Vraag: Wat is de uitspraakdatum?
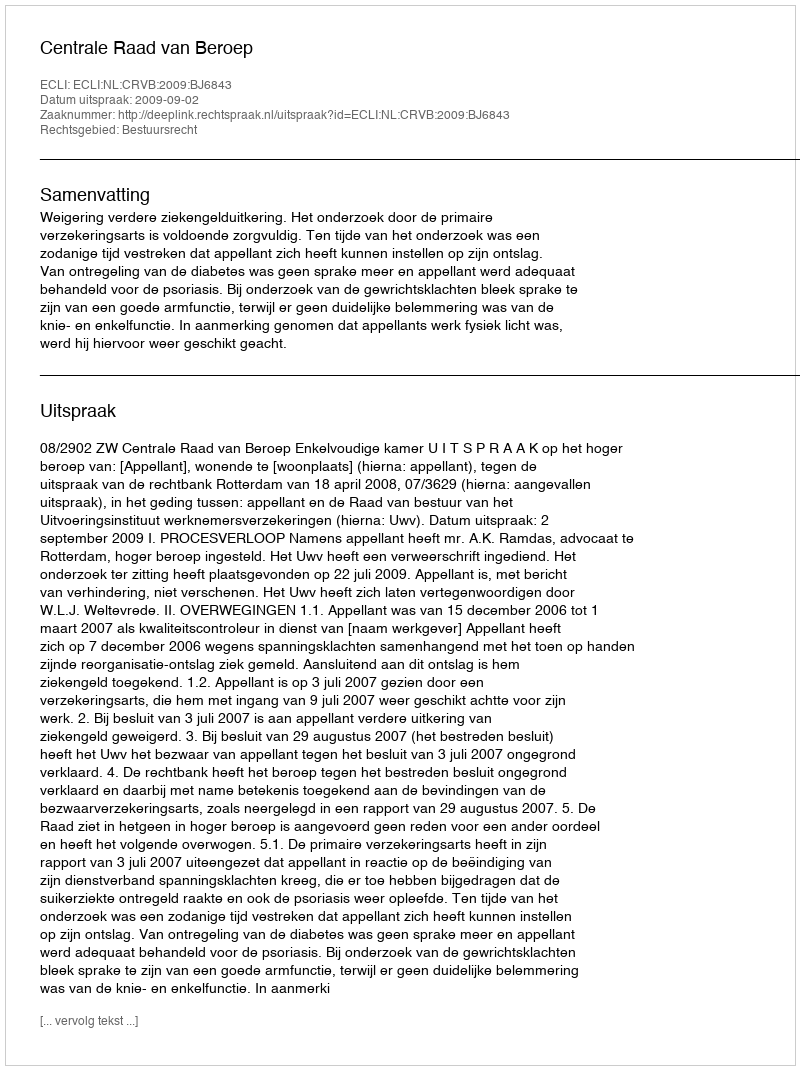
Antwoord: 2009-09-02